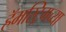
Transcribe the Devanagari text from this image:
हॅमस्ट्रिगच्या